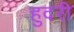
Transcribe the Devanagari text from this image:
हुदरी